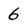
Character: 6